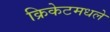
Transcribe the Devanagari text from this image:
क्रिकेटमधले